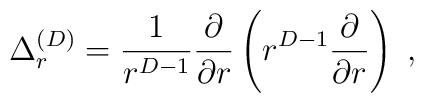
\Delta^{({D})}_{r}=\frac{1}{ r^{{D}-1} }\frac{\partial}{\partial r}\left( r^{{D}-1}\frac{\partial}{\partial r} \right)\;  ,